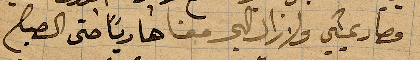
وصار يمشي ولا زال البحر معنا هاديًا حتى الصباح